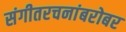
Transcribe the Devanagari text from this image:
संगीतरचनांबरोबर